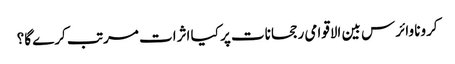
کرونا وائرس بین الاقوامی رجحانات پر کیا اثرات مرتب کرے گا؟